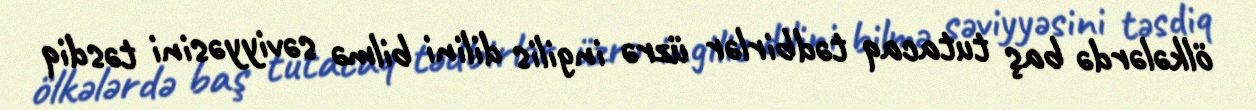
ölkələrdə baş tutacaq tədbirlər üzrə ingilis dilini bilmə səviyyəsini təsdiq